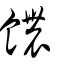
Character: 𩟊